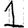
Digit: 1